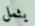
يثمل